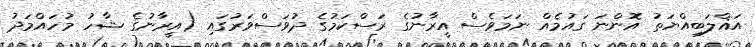
އަޣްލަބިއްޔަތު އޮންނަ ގައުމެއް ނަމަވެސް އީރާނުގެ ރަސްކަމުގެ ދުވަސްވަރުގައި (އީރާނުގެ ޝާހު މުހައްމަދު